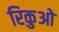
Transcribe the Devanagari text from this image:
रिकुओ